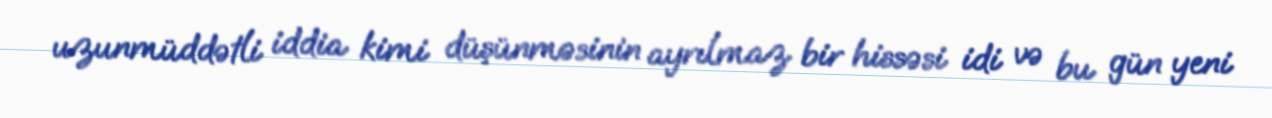
uzunmüddətli iddia kimi düşünməsinin ayrılmaz bir hissəsi idi və bu gün yeni